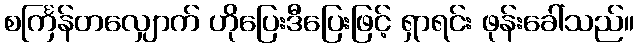
စင်္ကြန်တလျှောက် ဟိုပြေးဒီပြေးဖြင့် ရှာရင်း ဖုန်းခေါ်သည်။